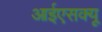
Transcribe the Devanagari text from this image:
आईएसक्यू